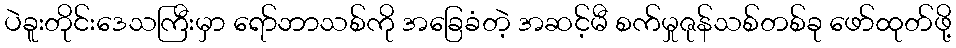
ပဲခူးတိုင်းဒေသကြီးမှာ ရော်ဘာသစ်ကို အခြေခံတဲ့ အဆင့်မီ စက်မှုဇုန်သစ်တစ်ခု ဖော်ထုတ်ဖို့